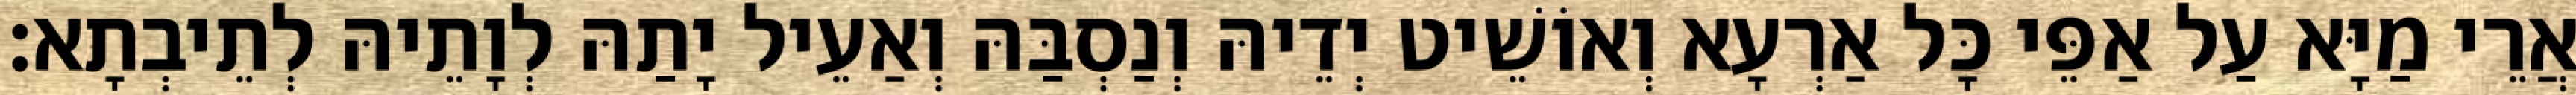
אֲרֵי מַיָּא עַל אַפֵּי כָּל אַרְעָא וְאוֹשֵׁיט יְדֵיהּ וְנַסְבַּהּ וְאַעֵיל יָתַהּ לְוָתֵיהּ לְתֵיבְתָא׃